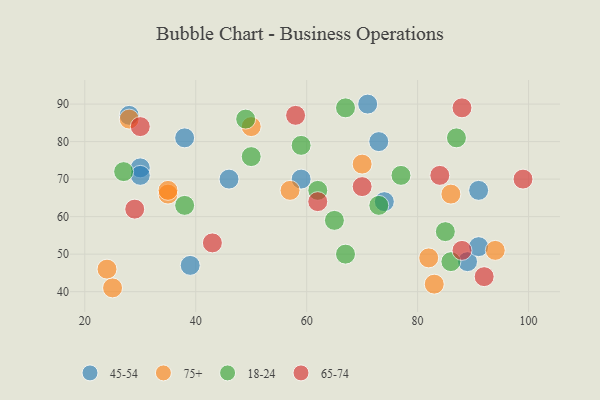
{"axis": {"x": "GDP", "y": "Life Expectancy"}, "legend": ["18-24", "45-54", "65-74", "75+"], "data": [{"x": "89", "y": 48, "type": "45-54"}, {"x": "59", "y": 70, "type": "45-54"}, {"x": "39", "y": 47, "type": "45-54"}, {"x": "38", "y": 81, "type": "45-54"}, {"x": "30", "y": 73, "type": "45-54"}, {"x": "91", "y": 67, "type": "45-54"}, {"x": "74", "y": 64, "type": "45-54"}, {"x": "30", "y": 71, "type": "45-54"}, {"x": "71", "y": 90, "type": "45-54"}, {"x": "28", "y": 87, "type": "45-54"}, {"x": "91", "y": 52, "type": "45-54"}, {"x": "73", "y": 80, "type": "45-54"}, {"x": "46", "y": 70, "type": "45-54"}, {"x": "70", "y": 74, "type": "75+"}, {"x": "86", "y": 66, "type": "75+"}, {"x": "35", "y": 66, "type": "75+"}, {"x": "35", "y": 67, "type": "75+"}, {"x": "28", "y": 86, "type": "75+"}, {"x": "83", "y": 42, "type": "75+"}, {"x": "24", "y": 46, "type": "75+"}, {"x": "94", "y": 51, "type": "75+"}, {"x": "82", "y": 49, "type": "75+"}, {"x": "25", "y": 41, "type": "75+"}, {"x": "57", "y": 67, "type": "75+"}, {"x": "50", "y": 84, "type": "75+"}, {"x": "38", "y": 63, "type": "18-24"}, {"x": "67", "y": 50, "type": "18-24"}, {"x": "77", "y": 71, "type": "18-24"}, {"x": "86", "y": 48, "type": "18-24"}, {"x": "50", "y": 76, "type": "18-24"}, {"x": "65", "y": 59, "type": "18-24"}, {"x": "62", "y": 67, "type": "18-24"}, {"x": "27", "y": 72, "type": "18-24"}, {"x": "59", "y": 79, "type": "18-24"}, {"x": "87", "y": 81, "type": "18-24"}, {"x": "49", "y": 86, "type": "18-24"}, {"x": "73", "y": 63, "type": "18-24"}, {"x": "67", "y": 89, "type": "18-24"}, {"x": "85", "y": 56, "type": "18-24"}, {"x": "84", "y": 71, "type": "65-74"}, {"x": "29", "y": 62, "type": "65-74"}, {"x": "70", "y": 68, "type": "65-74"}, {"x": "99", "y": 70, "type": "65-74"}, {"x": "88", "y": 89, "type": "65-74"}, {"x": "43", "y": 53, "type": "65-74"}, {"x": "88", "y": 51, "type": "65-74"}, {"x": "92", "y": 44, "type": "65-74"}, {"x": "30", "y": 84, "type": "65-74"}, {"x": "58", "y": 87, "type": "65-74"}, {"x": "62", "y": 64, "type": "65-74"}]}